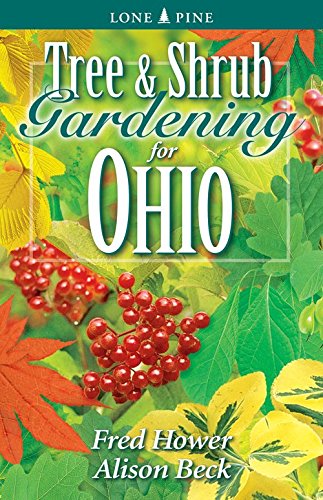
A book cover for Tree and Shrub Gardening for Ohio; Fred Hower; Crafts, Hobbies & Home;